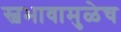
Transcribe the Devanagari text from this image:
स्वभावामुळेच